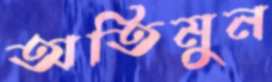
অতিমুন